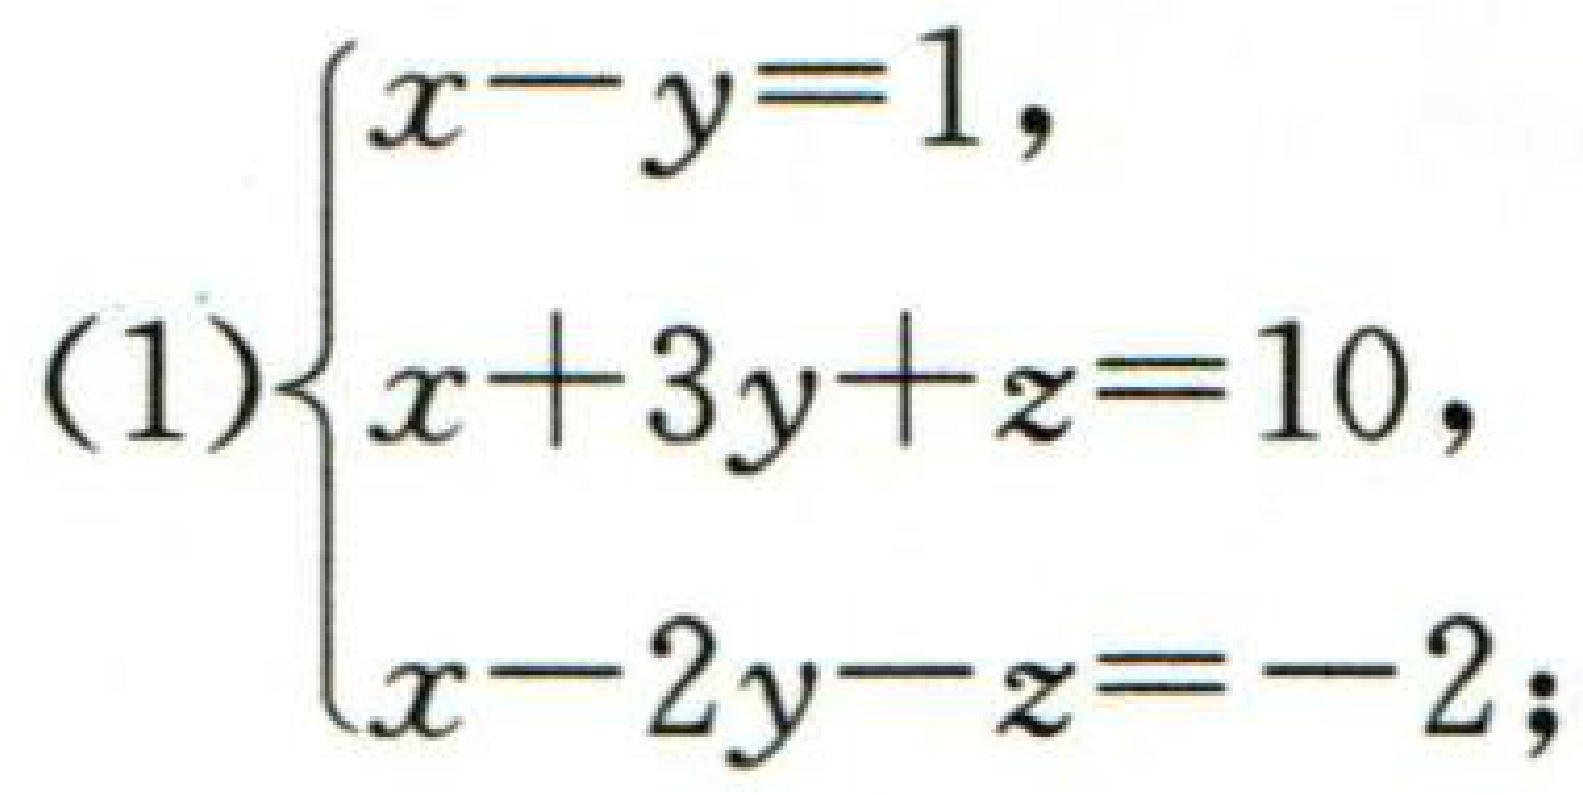
\[(1)\begin{cases}

x - y = 1,\\

x + 3y+z = 10,\\

x - 2y - z = - 2;

\end{cases}\]